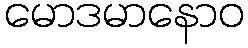
မောဒမာနောဝ